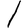
Character: l